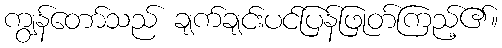
ကျွန်တော်သည် ချက်ချင်းပင်ပြန်ဖြုတ်ကြည့်၏။